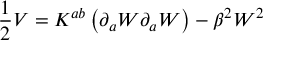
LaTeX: \frac { 1 } { 2 } V = K ^ { a b } \left( \partial _ { a } W \partial _ { a } W \right) - \beta ^ { 2 } W ^ { 2 }